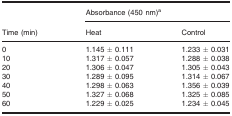
| <ROWSPAN=2> Time (min) | <COLSPAN=2> Absorbance (450 nm)a |
 | Heat | Control |
 | --- | --- | --- |
 | 0 | 1.145 ± 0.111 | 1.233 ± 0.031 |
 | 10 | 1.317 ± 0.057 | 1.288 ± 0.038 |
 | 20 | 1.306 ± 0.047 | 1.305 ± 0.043 |
 | 30 | 1.289 ± 0.095 | 1.314 ± 0.067 |
 | 40 | 1.298 ± 0.063 | 1.356 ± 0.039 |
 | 50 | 1.327 ± 0.068 | 1.325 ± 0.085 |
 | 60 | 1.229 ± 0.025 | 1.234 ± 0.045 |